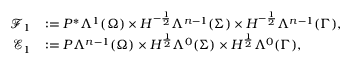
\begin{array} { r l } { \mathcal { F } _ { 1 } } & { : = P ^ { \ast } \Lambda ^ { 1 } ( \Omega ) \times H ^ { - \frac { 1 } { 2 } } \Lambda ^ { n - 1 } ( \Sigma ) \times H ^ { - \frac { 1 } { 2 } } \Lambda ^ { n - 1 } ( \Gamma ) , } \\ { \mathcal { E } _ { 1 } } & { : = P \Lambda ^ { n - 1 } ( \Omega ) \times H ^ { \frac { 1 } { 2 } } \Lambda ^ { 0 } ( \Sigma ) \times H ^ { \frac { 1 } { 2 } } \Lambda ^ { 0 } ( \Gamma ) , } \end{array}